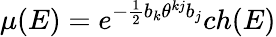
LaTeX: \mu(E)=e^{-\frac{1}{2}b_{k}\theta^{kj}b_{j}}ch(E)